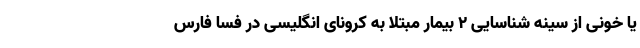
یا خونی از سینه شناسایی ۲ بیمار مبتلا به کرونای انگلیسی در فسا فارس